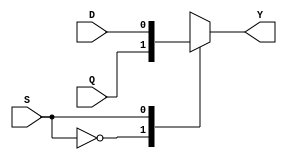
`timescale 1ns / 1ps

module MUX2X1(Q,D,S,Y);
input Q,D,S;
output Y;
function select;
       input Q,D;
       input S;
         case(S)
            1'b0:select=Q;
            1'b1:select=D;
         endcase
endfunction
assign Y=select(Q,D,S);
endmodule